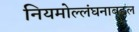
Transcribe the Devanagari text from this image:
नियमोल्लंघनाबद्दल